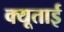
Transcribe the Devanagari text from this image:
क्यूताई